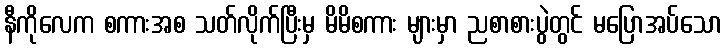
နီကိုလေက စကားအစ သတ်လိုက်ပြီးမှ မိမိစကား များမှာ ညစာစားပွဲတွင် မပြောအပ်သော